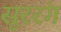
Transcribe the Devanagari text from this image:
सूररंग